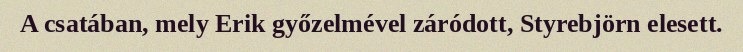
A csatában, mely Erik győzelmével záródott, Styrebjörn elesett.